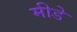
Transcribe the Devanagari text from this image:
मीडे